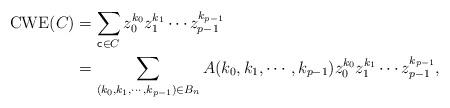
LaTeX: \begin{align*}\mathrm{CWE}(C)&=\sum_{\mathsf{c}\in C}z_0^{k_0}z_1^{k_1}\cdots z_{p-1}^{k_{p-1}}\\&=\sum_{(k_0,k_1,\cdots,k_{p-1})\in B_n}A(k_0,k_1,\cdots,k_{p-1})z_0^{k_0}z_1^{k_1}\cdots z_{p-1}^{k_{p-1}},\end{align*}